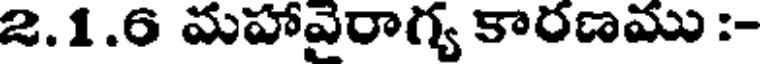
2.1.6 మహావైరాగ్య కారణము :-